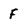
Character: F